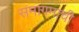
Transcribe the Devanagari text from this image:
समागमाची